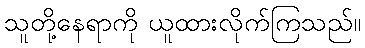
သူတို့နေရာကို ယူထားလိုက်ကြသည်။